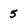
Character: 5